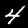
Label: 4